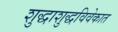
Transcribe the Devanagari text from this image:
शुद्धाशुद्धविवेकात